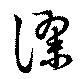
謬